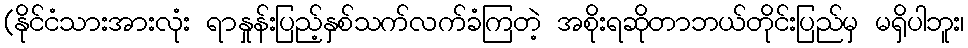
(နိုင်ငံသားအားလုံး ရာနှုန်းပြည့်နှစ်သက်လက်ခံကြတဲ့ အစိုးရဆိုတာဘယ်တိုင်းပြည်မှ မရှိပါဘူး၊